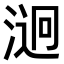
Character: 𣹔